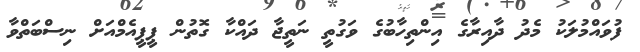
ފުވައްމުލަކު މެދު ދާއިރާގެ އިންތިހާބުގެ ވަގުތީ ނަތީޖާ ދައްކާ ގޮތުން ޕީޕީއެމްއަށް ނިސްބަތްވާ